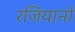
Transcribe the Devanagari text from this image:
रजियानों